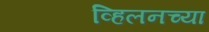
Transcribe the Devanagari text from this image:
व्हिलनच्या